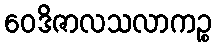
ဝေဒိဇာလသလာကဉ္စ